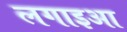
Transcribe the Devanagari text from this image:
लगाइआ